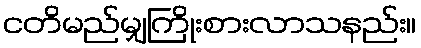
ငတိမည်မျှကြိုးစားလာသနည်း။